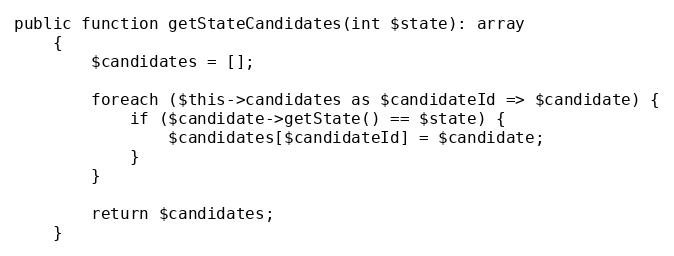
Language: PHP
public function getStateCandidates(int $state): array
    {
        $candidates = [];

        foreach ($this->candidates as $candidateId => $candidate) {
            if ($candidate->getState() == $state) {
                $candidates[$candidateId] = $candidate;
            }
        }

        return $candidates;
    }